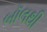
બૉલથી